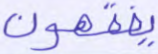
يفقهون